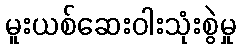
မူးယစ်ဆေးဝါးသုံးစွဲမှု